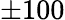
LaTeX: \pm 100